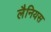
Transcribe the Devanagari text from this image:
लैनियस